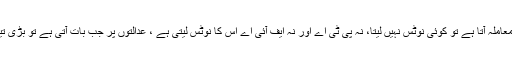
قومی اسمبلی میں اظہار خیال کرتے ہوئے فواد چودھری نے کہا کہ میڈ یا میں سیاستدانوں کا معاملہ آتا ہے تو کوئی نوٹس نہیں لیتا، نہ پی ٹی اے اور نہ ایف آئی اے اس کا نوٹس لیتی ہے ، عدالتوں پر جب بات آتی ہے تو بڑی تیز ی سے نوٹس لیا جاتا ہے لیکن جو لوگ قومی اسمبلی اور سینیٹ میں بیٹھے ہوئے لوگ ہیں ۔